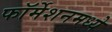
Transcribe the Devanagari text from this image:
फॉर्मेशनमध्ये